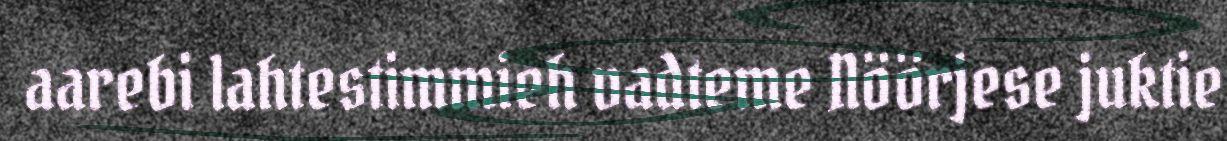
aarebi lahtestimmieh vadteme Nöörjese juktie